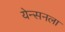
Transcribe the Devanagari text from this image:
येन्सनला